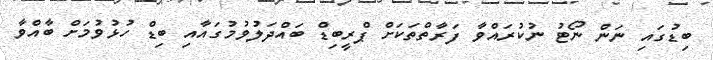
ބިޑުގައި ނަން ނޯޓު ނުކުރައްވާ ފަރާތްތަކަށް ޕްރީބިޑް ބައްދަލުވުމުގައާއި ބިޑް ހުޅުވުމަށް ބާއްވާ